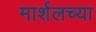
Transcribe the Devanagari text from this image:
मार्शलच्या